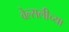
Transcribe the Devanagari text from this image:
वेल्सलीच्या